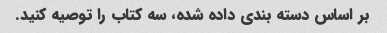
بر اساس دسته بندی داده شده، سه کتاب را توصیه کنید.